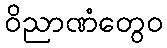
ဝိညာဏံတွေဝ